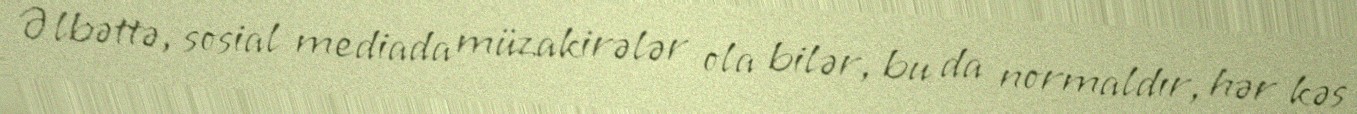
Əlbəttə, sosial mediada müzakirələr ola bilər, bu da normaldır, hər kəs